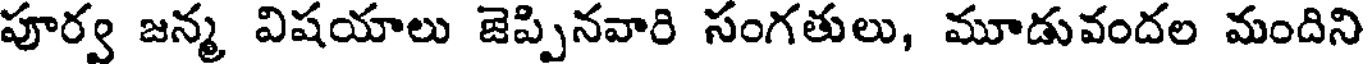
పూర్వ జన్మ విషయాలు జెప్పినవారి సంగతులు, మూడువందల మందిని